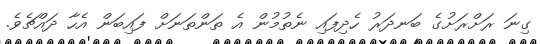
ގިނަ ރަށްރަށުގެ ބަނދަރު ހެދިފައި ނެތުމުން އެ ތަންތަނަށް ފައިބަން އެހާ ދައްޗެވެ.